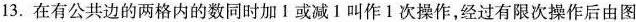
13.在有公共边的两格内的数同时加1或减1叫作1次操作，经过有限次操作后由图